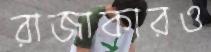
রাজাকারও